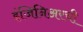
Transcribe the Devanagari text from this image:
इंजिनिअरची